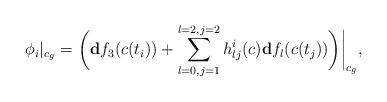
LaTeX: \begin{align*}\phi_i|_{c_g}=\biggl ( \mathbf d f_3(c(t_i))+\sum_{l=0, j=1}^{l=2, j=2} h_{lj}^i (c) \mathbf d f_l(c(t_j))\biggr)\bigg|_{c_g},\end{align*}